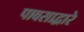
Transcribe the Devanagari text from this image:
पावसाद्वारे